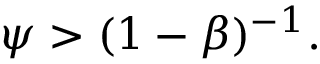
\psi > ( 1 - \beta ) ^ { - 1 } .